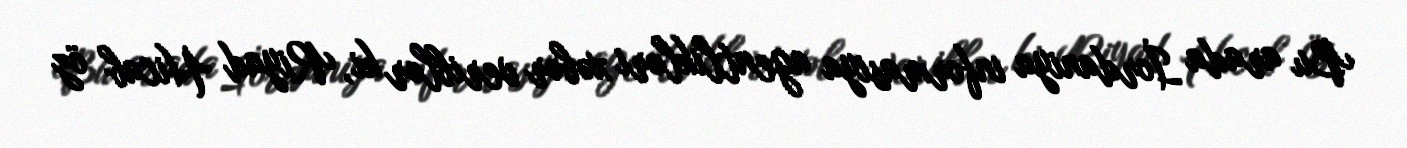
Bu arada İordaniya informasiya agentlikləri xəbər veriblər ki, Riyad Hicab öz